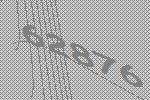
62876